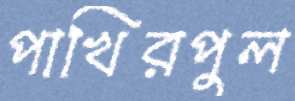
পাখিরপুল